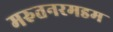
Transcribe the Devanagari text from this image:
मरुतनरमडम